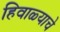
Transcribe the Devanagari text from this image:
हिवाळ्याचे